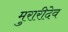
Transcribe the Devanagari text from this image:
मुरारीदेव